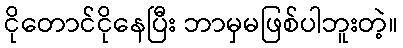
ငိုတောင်ငိုနေပြီး ဘာမှမဖြစ်ပါဘူးတဲ့။